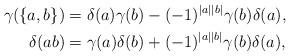
LaTeX: \begin{align*}\gamma(\{a, b\})&=\delta(a)\gamma(b)-(-1)^{|a||b|}\gamma(b)\delta(a),\\\delta(ab)&=\gamma(a)\delta(b)+(-1)^{|a||b|}\gamma(b)\delta(a),\end{align*}